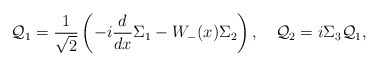
\begin{align*}{\cal Q}_1=\frac{1}{\sqrt{2}}\left(-i\frac{d}{dx}{\Sigma_1}-W_-(x)\Sigma_2\right),\quad{\cal Q}_2=i\Sigma_3{\cal Q}_1,\end{align*}